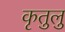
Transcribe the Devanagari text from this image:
कृतुलु